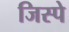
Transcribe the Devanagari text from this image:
जिस्पे